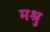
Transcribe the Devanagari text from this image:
मश्रु